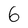
Character: 6